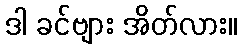
ဒါ ခင်ဗျား အိတ်လား။